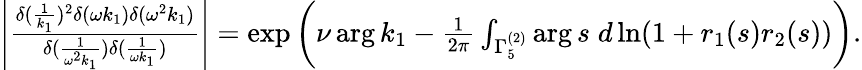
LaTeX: \begin{array}{r}{\left|\frac{\delta(\frac{1}{k_{1}})^{2}\delta(\omega k_{1})\delta(\omega^{2}k_{1})}{\delta(\frac{1}{\omega^{2}k_{1}})\delta(\frac{1}{\omega k_{1}})}\right|=\exp\bigg(\nu\arg k_{1}-\frac{1}{2\pi}\int_{\Gamma_{5}^{(2)}}\arg s\; d\ln(1+r_{1}(s)r_{2}(s))\bigg).}\end{array}